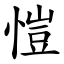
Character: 愷